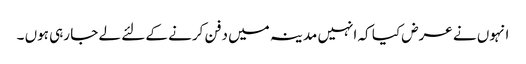
انہوں نے عرض کیا کہ انہیں مدینہ میں دفن کرنے کے لئے لے جا رہی ہوں ۔